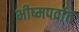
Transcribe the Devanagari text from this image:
भीष्मपर्वात